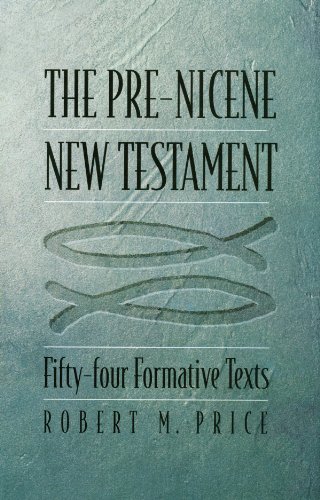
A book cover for The Pre-Nicene New Testament: Fifty-four Formative Texts; Robert M. Price; Christian Books & Bibles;